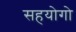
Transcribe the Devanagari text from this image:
सहयोगो